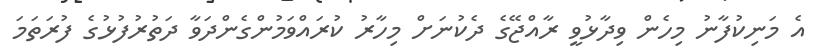
އެ މަނިކުފާނު މިހެން ވިދާޅުވީ ރާއްޖޭގެ ދެކުނަށް މިހާރު ކުރައްވަމުންގެންދަވާ ދަތުރުފުޅުގެ ފުރަތަމަ